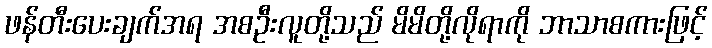
ဖန်တီးပေးချက်အရ အစဦးလူတို့သည် မိမိတို့လိုရာကို ဘာသာစကားဖြင့်